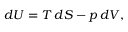
d U = T \, d S - p \, d V ,